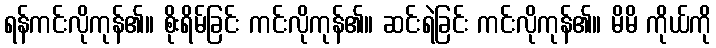
ရန်ကင်းလိုကုန်၏။ စိုးရိမ်ခြင်း ကင်းလိုကုန်၏။ ဆင်းရဲခြင်း ကင်းလိုကုန်၏။ မိမိ ကိုယ်ကို